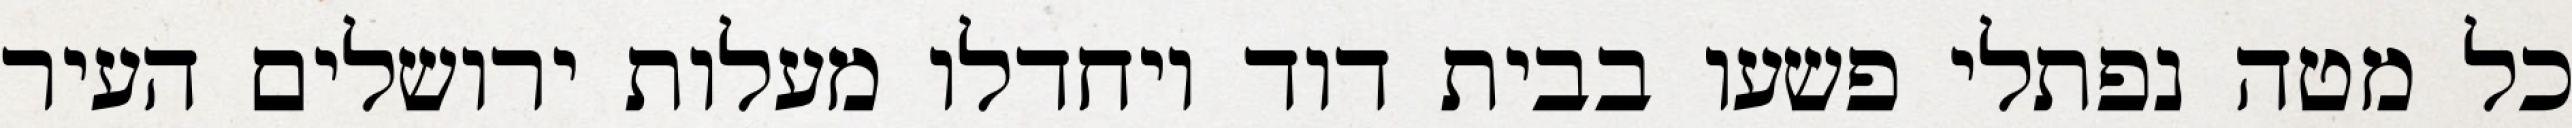
כל מטה נפתלי פשעו בבית דוד ויחדלו מעלות ירושלים העיר